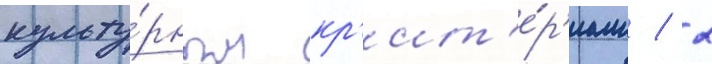
культу́рным кр'ит'е́р'иам / 2